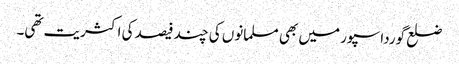
ضلع گورداسپور میں بھی مسلمانوں کی چند فیصد کی اکثریت تھی۔